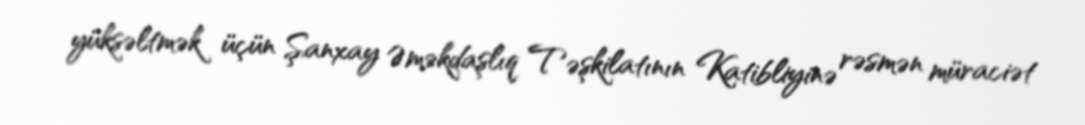
yüksəltmək üçün Şanxay Əməkdaşlıq Təşkilatının Katibliyinə rəsmən müraciət